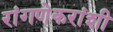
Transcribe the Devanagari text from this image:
रांगणेकरांशी